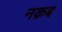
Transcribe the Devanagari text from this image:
नक़ब